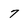
Character: 7